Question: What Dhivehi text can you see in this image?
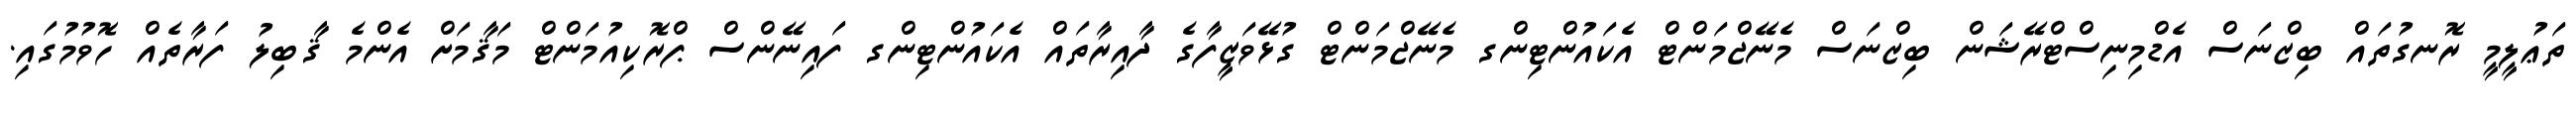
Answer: ތަޢުލީމީ ރޮނގުތައް ބިޒްނަސް އެޑްމިނިސްޓްރޭޝަން ބިޒްނަސް މެނޭޖްމަންޓް އެކައުންޓިންގ މެނޭޖްމަންޓް ގުޅޭވަޒީފާގެ ދާއިރާތައް އެކައުންޓިންގ ފައިނޭންސް ޕްރޮކިއުމަންޓް މަޤާމަށް އެންމެ ޤާބިލު ފަރާތެއް ހޮވުމުގައި.